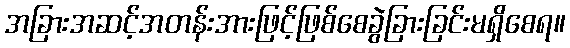
အခြားအဆင့်အတန်းအားဖြင့်ဖြစ်စေခွဲခြားခြင်းမရှိစေရ။